Report of the Indian Hemp Drugs Commission, 1894-1895 - Volume VI
Year: 1894
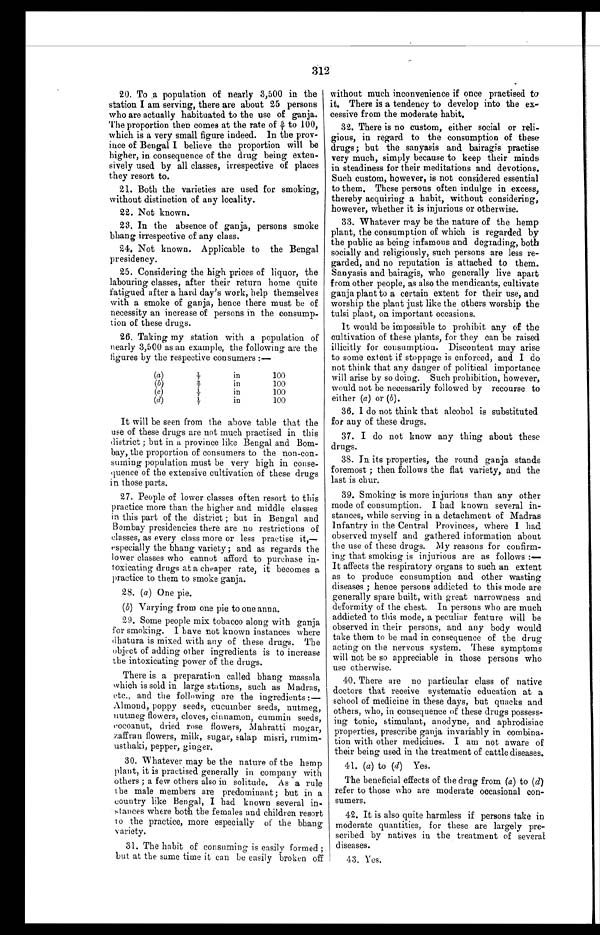
312
20. To a population of nearly 3,500 in the
station I am serving, there are about 25 persons
who are actually habituated to the use of ganja.
The proportion then comes at the rate of 5/7 to 100,
which is a very small figure indeed. In the prov-
- i n c e o f B e n g a l I b e l i e v e t h e p r o p o r t i o n w i l l b e
higher, in consequence of the drug being exten
- s i v e l y u s e d b y a l l c l a s s e s , i r r e s p e c t i v e o f p l a c e s
they resort to.
21. Both the varieties are used for smoking,
without distinction of any locality.
22. Not known.
23. In the absence of ganja, persons smoke
bhang irrespective of any class.
24. Not known. Applicable to the Bengal
presidency.
25. Considering the high prices of liquor, the
labouring classes, after their return home quite
fatigued after a hard day's work, help themselves
with a smoke of ganja, hence there must be of
necessity an increase of persons in the consump
- t i o n o f t h e s e d r u g s .
26. Taking my station with a population of
nearly 3,500 as an example, the following are the
figures by the respective consumers:—
(a)
1 / 7 i n
100
(b)
2 / 7
i n
100
(c)
1 / 7
i n
100
(d)
1 / 7
i n
100
It will be seen from the above table that the
use of these drugs are not much practised in this
district; but in a province like Bengal and Bom
-bay, the proportion of consumers to the non-con
-suming population must be very high in conse
- q u e n c e o f t h e e x t e n s i v e c u l t i v a t i o n o f t h e s e d r u g s
in those parts.
27. People of lower classes often resort to this
practice more than the higher and middle classes
in this part of the district; but in Bengal and
Bombay presidencies there are no restrictions of
classes, as every class more or less practise it,
— e s p e c i a l l y t h e b h a n g v a r i e t y ; a n d a s r e g a r d s t h e
lower classes who cannot afford to purchase in
- t o x i c a t i n g d r u g s a t a c h e a p e r r a t e , i t b e c o m e s a
practice to them to smoke ganja.
28. ( a ) One pie.
(b) Varying from one pie to one anna.
29. Some people mix tobacco along with ganja
for smoking. I have not known instances where
dhatura is mixed with any of these drugs. The
object of adding other ingredients is to increase
the intoxicating power of the drugs.
There is a preparation called bhang massala
which is sold in large stations, such as Madras,
etc., and the following are the ingredients:—
Almond, poppy seeds, cucumber seeds, nutmeg,
nutmeg flowers, cloves, cinnamon, cummin seeds,
cocoanut, dried rose flowers, Mahratti mogar,
zaffran flowers, milk, sugar, salap misri, rumim
- u s t h a k i , p e p p e r , g i n g e r .
30. Whatever may be the nature of the hemp
plant, it is practised generally in company with
others; a few others also in solitude. As a rule
the male members are predominant; but in a
country like Bengal, I had known several in
- s t a n c e s w h e r e b o t h t h e f e m a l e s a n d c h i l d r e n r e s o r t
to the practice, more especially of the bhang
v a r i e t y .
31. The habit of consuming is easily formed;
but at the same time it can be easily broken off without much inconvenience if once practised to
it. There is a tendency to develop into the ex
-cessive from the moderate habit.
32. There is no custom, either social or reli
- g i o u s , i n r e g a r d t o t h e c o n s u m p t i o n o f t h e s e
drug; but the sanyasis and bairagis practise
very much, simply because to keep their minds
in steadiness for their meditations and devotions.
Such custom, however, is not considered essential
to them. These persons often indulge in excess,
thereby acquiring a habit, without considering,
however, whether it is injurious or otherwise.
33. Whatever may be the nature of the hemp
plant, the consumption of which is regarded by
the public as being infamous and degrading, both
socially and religiously, such persons are less re
- g a r d e d , a n d n o r e p u t a t i o n i s a t t a c h e d t o t h e m .
Sanyasis and bairagis, who generally live apart
from other people, as also the mendicants, cultivate
ganja plant to a certain extent for their use, and
worship the plant just like the others worship the
tulsi plant, on important occasions.
It would be impossible to prohibit any of the
cultivation of these plants, for they can be raised
illicitly for consumption. Discontent may arise
to some extent if stoppage is enforced, and I do
not think that any danger of political importance
will arise by so doing. Such prohibition, however,
would not be necessarily followed by recourse to
either (a) or (b).
36. I do not think that alcohol is substituted
for any of these drugs.
37. I do not know any thing about these
drugs.
38. In its properties, the round ganja stands
foremost; then follows the flat variety, and the
last is chur.
39. Smoking is more injurious than any other
mode of consumption. I had known several in
- s t a n c e s , w h i l e s e r v i n g i n a d e t a c h m e n t o f M a d r a s
Infantry in the Central Provinces, where I had
observed myself and gathered information about
the use of these drugs. My reasons for confirm
-ing that smoking is injurious are as follows
: — I t a f f e c t s t h e r e s p i r a t o r y o r g a n s t o s u c h a n e x t e n t
as to produce consumption and other wasting
diseases; hence persons addicted to this mode are
generally spare built, with great narrowness and
deformity of the chest. In persons who are much
addicted to this mode, a peculiar feature will be
observed in their persons, and any body would
take them to be mad in consequence of the drug
acting on the nervous system. These symptoms
will not be so appreciable in those persons who
use otherwise.
40. There are no particular class of native
doctors that receive systematic education at a
school of medicine in these days, but quacks and
others, who, in consequence of these drugs possess
- i n g t o n i c , s t i m u l a n t , a n o d y n e , a n d a p h r o d i s i a c
properties, prescribe ganja invariably in combina
- t i o n w i t h o t h e r m e d i c i n e s . I a m n o t a w a r e o f
their being used in the treatment of cattle diseases.
41. ( a ) to (d) Yes.
The beneficial effects of the drug from (a) to ( d)
refer to those who are moderate occasional con
-sumers.
42. It is also quite harmless if persons take in
moderate quantities, for these are largely pre
-scribed by natives in the treatment of
s e v e r a l d i s e a s e s . 4 3 . Y e s .